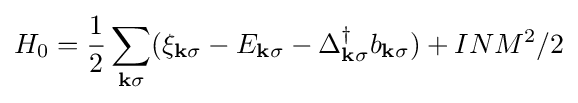
H_{0}={\frac {1}{2}}\sum _{\mathbf {k} \sigma }(\xi _{\mathbf {k} \sigma }-E_{\mathbf {k} \sigma }-\Delta _{\mathbf {k} \sigma }^{\dagger }b_{\mathbf {k} \sigma })+INM^{2}/2